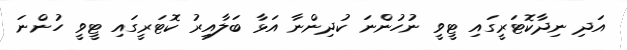
އަދި ނިދާކޮޓަރީގައި ޓީވީ ނުހުންނަ ކުދިންނާ އަޅާ ބަލާއިރު ކޮޓަރީގައި ޓީވީ ހުންނަ